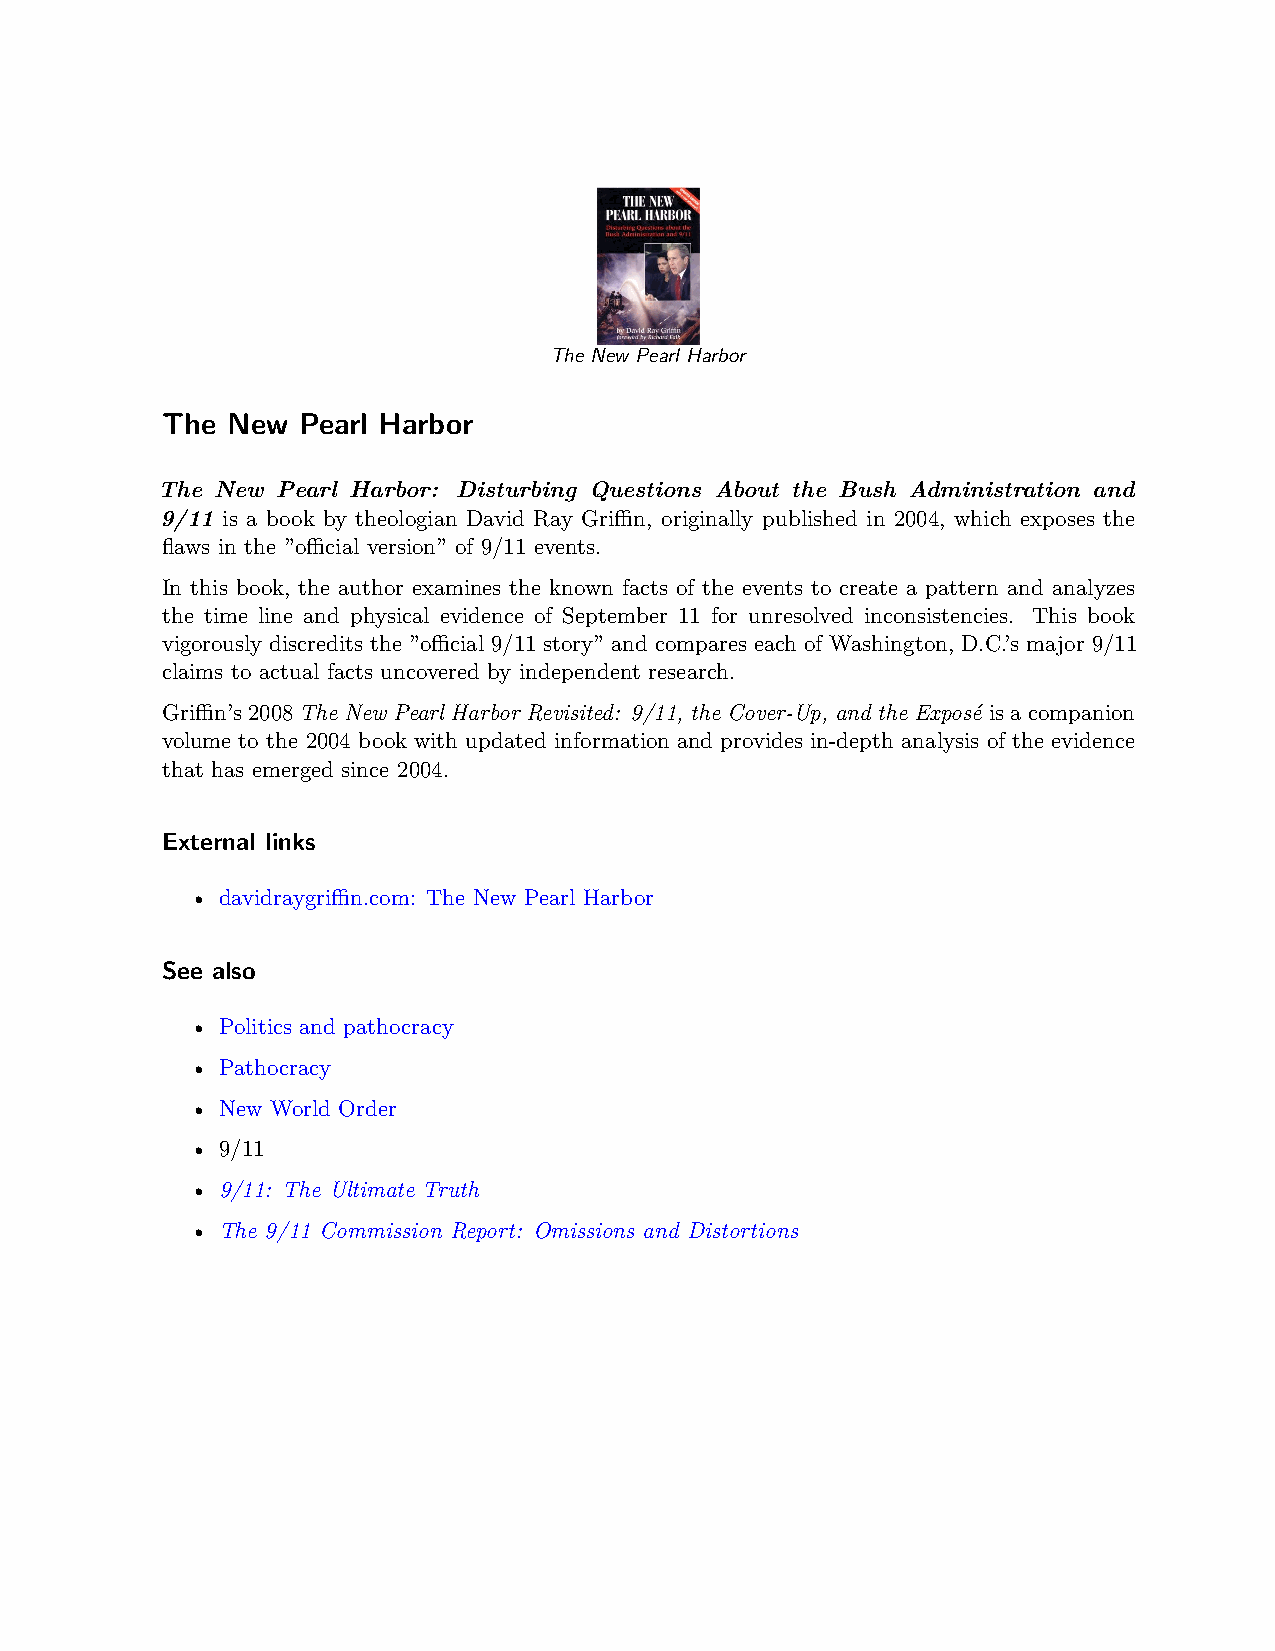
The New Pearl Harbor
 The New  Pearl Harbor
 The New Pearl Harbor: Disturbing Questions About the Bush Administration and
 9/11 is a book by theologian David Ray Griﬀin, originally published in 2004, which exposes the
 flaws in the ”oﬀicial version” of 9/11 events.
 In this book, the author examines the known facts of the events to create a pattern and analyzes
 the time line and physical evidence of September 11 for unresolved inconsistencies. This book
 vigorously discredits the ”oﬀicial 9/11 story” and compares each of Washington, D.C.’s major 9/11
 claims to actual facts uncovered by independent research.
 Griﬀin’s2008The New Pearl Harbor Revisited: 9/11, the Cover-Up, and the Exposé isacompanion
 volume to the 2004 book with updated information and provides in-depth analysis of the evidence
 that has emerged since 2004.
 External links
 • davidraygriﬀin.com: The New Pearl Harbor
 See also
 • Politics and pathocracy
 • Pathocracy
 • New World Order
 • 9/11
 • 9/11: The Ultimate Truth
 • The 9/11 Commission Report: Omissions and Distortions